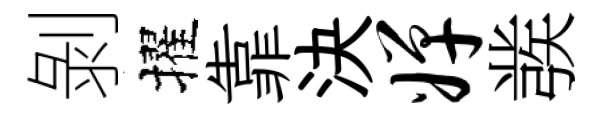
剝擢靠決婵彂